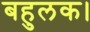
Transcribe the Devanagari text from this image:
बहुलक।